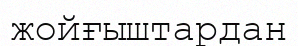
жойғыштардан